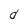
Character: d